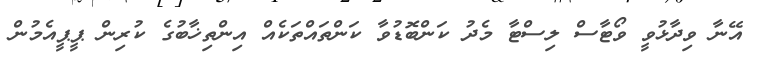
އޭނާ ވިދާޅުވީ ވޯޓާސް ލިސްޓާ މެދު ކަންބޮޑުވާ ކަންތައްތަކެއް އިންތިޚާބުގެ ކުރިން ޕީޕީއެމުން